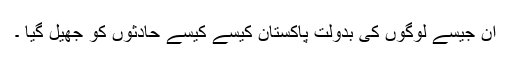
ان جیسے لوگوں کی بدولت پاکستان کیسے کیسے حادثوں کو جھیل گیا ۔